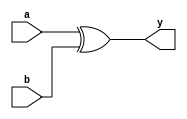
`timescale 1ns/1ns

module xorl(a, b, y);
	input  [7:0] a, b;
	output [7:0] y;
	reg    [7:0] y;
	
	always@(a or b) begin
		y <= a ^ b;
	end
	
endmodule